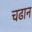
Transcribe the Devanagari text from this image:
चढान